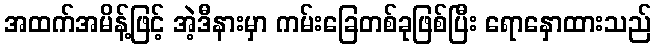
အထက်အမိန့်ဖြင့် အဲ့ဒီနားမှာ ကမ်းခြေတစ်ခုဖြစ်ပြီး ရောနှောထားသည်